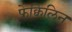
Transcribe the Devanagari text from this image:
फ्रेक्विलिन